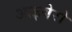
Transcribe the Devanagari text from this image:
आइबेरो